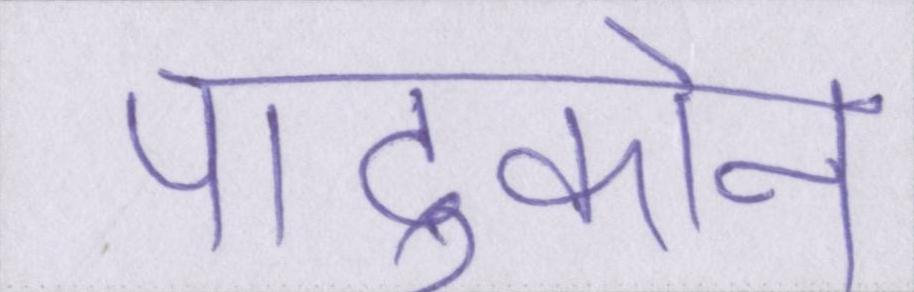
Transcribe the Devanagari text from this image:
पादुकोन